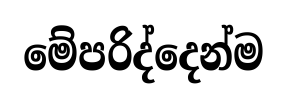
මේපරිද්දෙන්ම